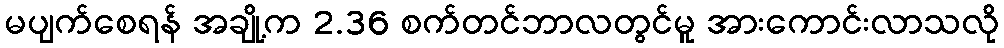
မပျက်စေရန် အချို့က 2.36 စက်တင်ဘာလတွင်မူ အားကောင်းလာသလို